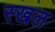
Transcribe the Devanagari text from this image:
स्खल